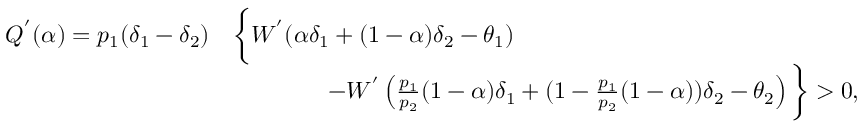
\begin{array} { r l } { Q ^ { ' } ( \alpha ) = p _ { 1 } ( \delta _ { 1 } - \delta _ { 2 } ) } & { \bigg \{ W ^ { ' } ( \alpha \delta _ { 1 } + ( 1 - \alpha ) \delta _ { 2 } - \theta _ { 1 } ) } \\ & { \qquad \qquad - W ^ { ' } \left( \frac { p _ { 1 } } { p _ { 2 } } ( 1 - \alpha ) \delta _ { 1 } + ( 1 - \frac { p _ { 1 } } { p _ { 2 } } ( 1 - \alpha ) ) \delta _ { 2 } - \theta _ { 2 } \right) \bigg \} > 0 , } \end{array}